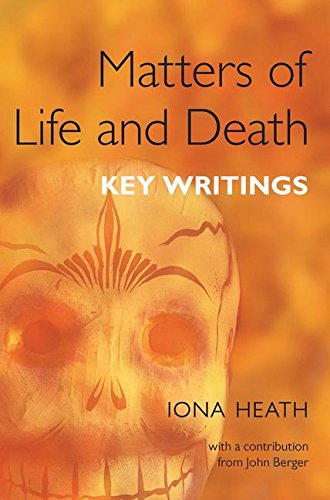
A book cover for Matters of Life and Death: Key Writings; Iona Heath; Medical Books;